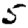
Digit: 5